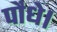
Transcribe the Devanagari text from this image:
पौधे।